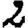
Digit: 2